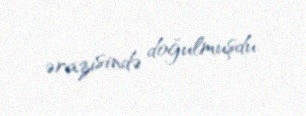
ərazisində doğulmuşdu.